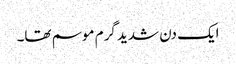
ایک دن شدید گرم موسم تھا۔